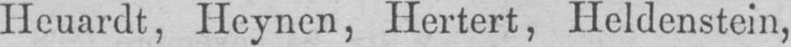
Heuardt, Heynen, Hertert, Heldenstein,